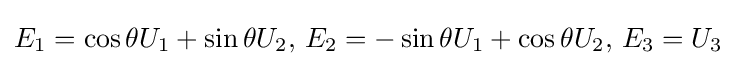
E_{1}=\cos \theta U_{1}+\sin \theta U_{2},\,E_{2}=-\sin \theta U_{1}+\cos \theta U_{2},\,E_{3}=U_{3}